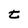
Character: t